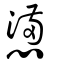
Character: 懣